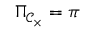
\Pi _ { { \mathcal { C } } _ { \times } } = \pi